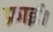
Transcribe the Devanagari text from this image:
फ्राई।